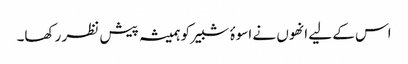
اس کے لیے انھوں نے اسوۂ شبیر کو ہمیشہ پیش نظر رکھا۔